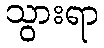
သွားရာ